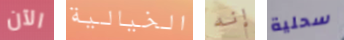
الآن الخيالية إنه سحلية